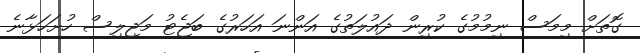
ގޮތަށް މިމަސް ނިމުމުގެ ކުރިން ދައުލަތުގެ އަންނަ އަހަރުގެ ބަޖެޓު މަޖިލިސް ހުށަހަޅާނެ